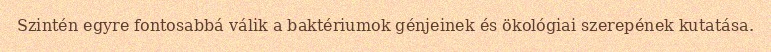
Szintén egyre fontosabbá válik a baktériumok génjeinek és ökológiai szerepének kutatása.